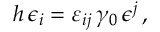
h \, \epsilon _ { i } = \varepsilon _ { i j } \, \gamma _ { 0 } \, \epsilon ^ { j } \, ,